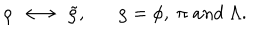
\rho \; \longleftrightarrow \; \tilde { \rho } , \rho = \phi , \; \pi \; a n d \; \Lambda .